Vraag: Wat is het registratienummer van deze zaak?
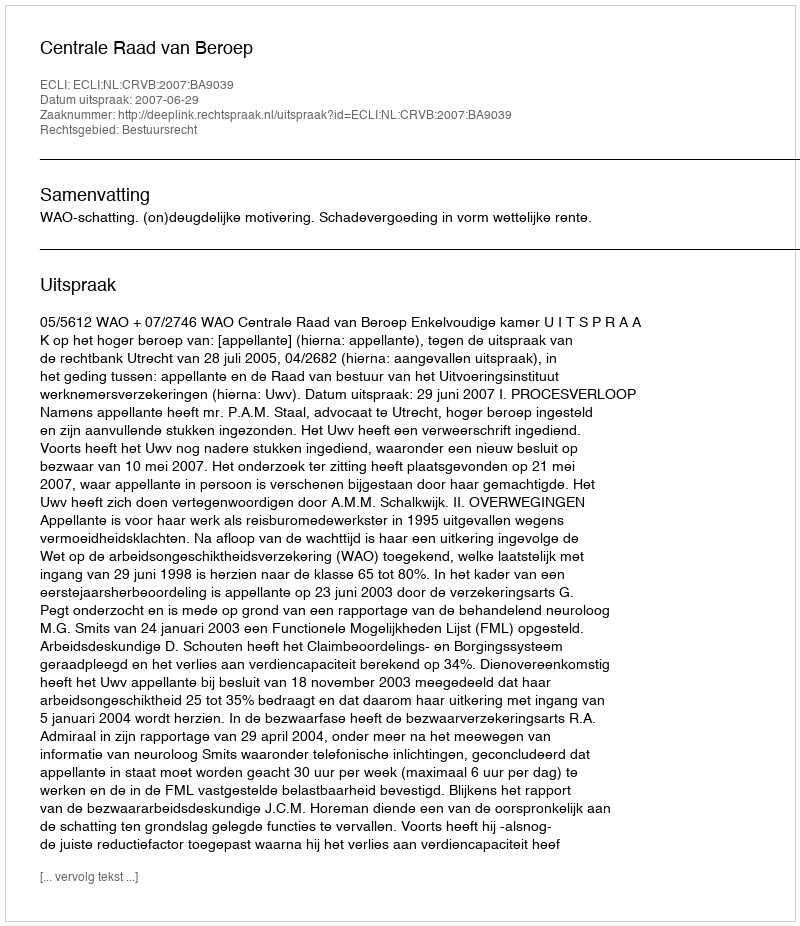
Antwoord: http://deeplink.rechtspraak.nl/uitspraak?id=ECLI:NL:CRVB:2007:BA9039